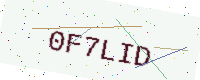
Text: 0F7LID